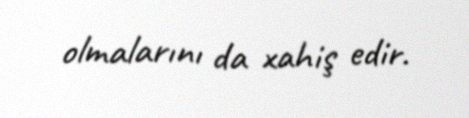
olmalarını da xahiş edir.